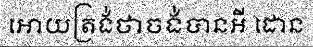
អោយត្រង់ថាចង់បានអី ដោន